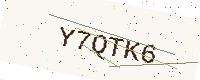
Text: Y7QTK6